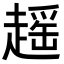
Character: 𧽎